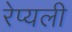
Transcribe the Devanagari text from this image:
रेप्यली